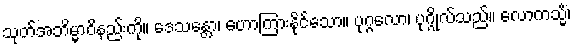
သုတ်အဘိမ္မာဝိနည်းကို။ ဒေသန္တော၊ ဟောကြားနိုင်သော။ ပုဂ္ဂလော၊ ပုဂ္ဂိုလ်သည်။ လောကသ္မိံ၊